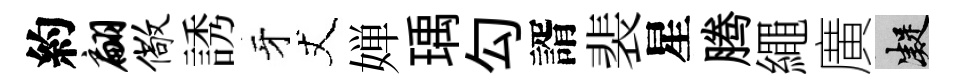
約翩儆誘牙丈婵瑀勾諝裴星腾繩廣凝